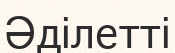
Әділетті